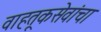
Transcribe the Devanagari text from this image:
वाहतूकसेवांचा